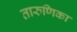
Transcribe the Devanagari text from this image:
तारुणिका